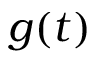
g ( t )